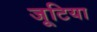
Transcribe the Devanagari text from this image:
जूटिया